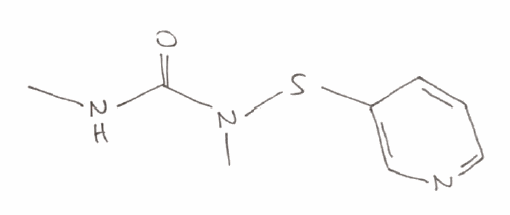
Simplified molecular-input line-entry system (SMILES) notation of the given molecule:
CNC(=O)N(C)SC1=CN=CC=C1